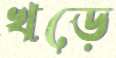
খড়ে